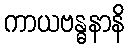
ကာယဗန္ဓနာနိ